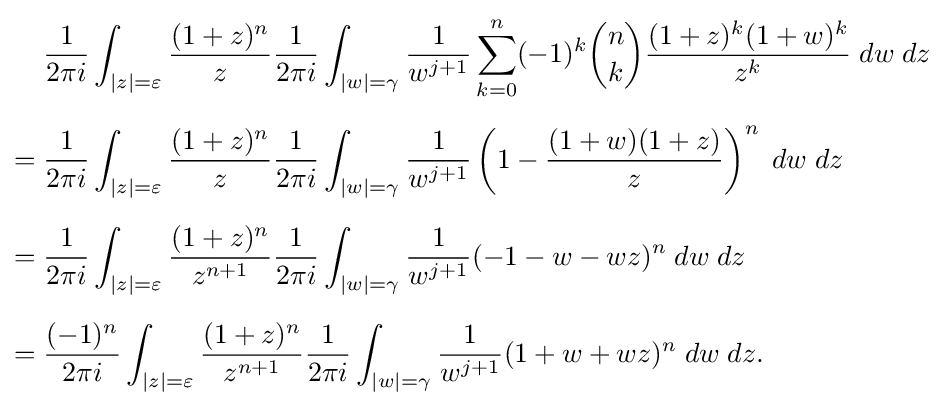
{\begin{aligned}&{\frac {1}{2\pi i}}\int _{|z|=\varepsilon }{\frac {(1+z)^{n}}{z}}{\frac {1}{2\pi i}}\int _{|w|=\gamma }{\frac {1}{w^{j+1}}}\sum _{k=0}^{n}(-1)^{k}{n \choose k}{\frac {(1+z)^{k}(1+w)^{k}}{z^{k}}}\;dw\;dz\\[6pt]={}&{\frac {1}{2\pi i}}\int _{|z|=\varepsilon }{\frac {(1+z)^{n}}{z}}{\frac {1}{2\pi i}}\int _{|w|=\gamma }{\frac {1}{w^{j+1}}}\left(1-{\frac {(1+w)(1+z)}{z}}\right)^{n}\;dw\;dz\\[6pt]={}&{\frac {1}{2\pi i}}\int _{|z|=\varepsilon }{\frac {(1+z)^{n}}{z^{n+1}}}{\frac {1}{2\pi i}}\int _{|w|=\gamma }{\frac {1}{w^{j+1}}}(-1-w-wz)^{n}\;dw\;dz\\[6pt]={}&{\frac {(-1)^{n}}{2\pi i}}\int _{|z|=\varepsilon }{\frac {(1+z)^{n}}{z^{n+1}}}{\frac {1}{2\pi i}}\int _{|w|=\gamma }{\frac {1}{w^{j+1}}}(1+w+wz)^{n}\;dw\;dz.\end{aligned}}